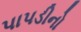
પાપડીનો